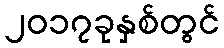
၂၀၁၇ခုနှစ်တွင်